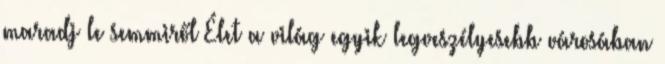
maradj le semmiről Élet a világ egyik legveszélyesebb városában